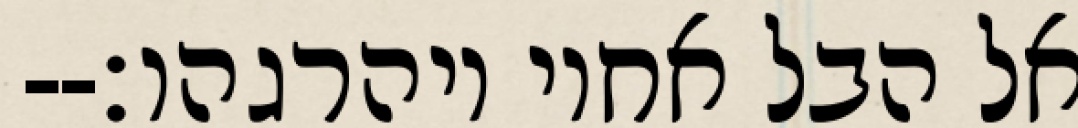
אל הבל אחיו ויהרגהו׃--